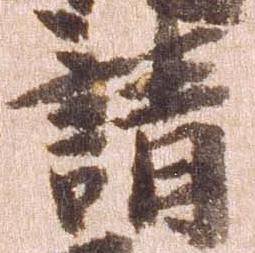
請